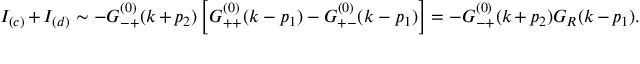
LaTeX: I _ { ( c ) } + I _ { ( d ) } \sim - G _ { - + } ^ { ( 0 ) } ( k + p _ { 2 } ) \left[ G _ { + + } ^ { ( 0 ) } ( k - p _ { 1 } ) - G _ { + - } ^ { ( 0 ) } ( k - p _ { 1 } ) \right] = - G _ { - + } ^ { ( 0 ) } ( k + p _ { 2 } ) G _ { R } ( k - p _ { 1 } ) .